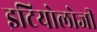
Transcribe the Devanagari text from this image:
इटियोलोजी